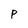
Character: p